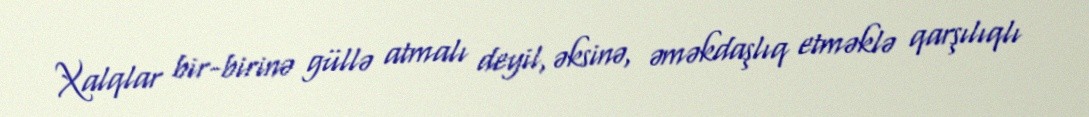
Xalqlar bir-birinə güllə atmalı deyil, əksinə, əməkdaşlıq etməklə qarşılıqlı